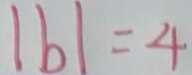
\vert b \vert = 4